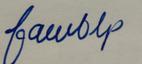
Signature authenticity: forged